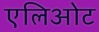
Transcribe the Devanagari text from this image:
एलिओट